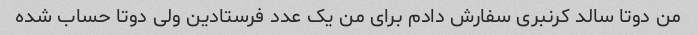
من دوتا سالد کرنبری سفارش دادم برای من یک عدد فرستادین ولی دوتا حساب شده